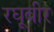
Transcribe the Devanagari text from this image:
रघूवीर